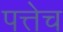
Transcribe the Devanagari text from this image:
पत्तेच